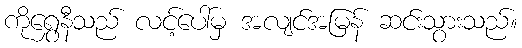
ကိုရွှေနီသည် လင့်ပေါ်မှ အလျင်အမြန် ဆင်းသွားသည်။